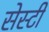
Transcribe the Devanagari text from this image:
सेस्टी